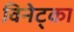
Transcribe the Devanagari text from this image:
विनेट्का